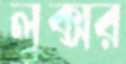
লুক্সর